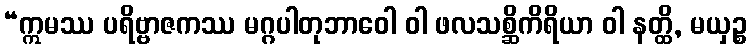
“ဣမဿ ပရိဗ္ဗာဇကဿ မဂ္ဂပါတုဘာဝေါ ဝါ ဖလသစ္ဆိကိရိယာ ဝါ နတ္ထိ, မယှဉ္စ